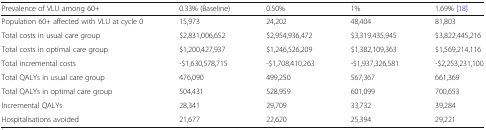
<table><thead><tr><td><b>Prevalence of VLU among 60+</b></td><td><b>0.33% (Baseline)</b></td><td><b>0.50%</b></td><td><b>1%</b></td><td><b>1.69% [18]</b></td></tr></thead><tbody><tr><td>Population 60+ affected with VLU at cycle 0</td><td>15,973</td><td>24,202</td><td>48,404</td><td>81,803</td></tr><tr><td>Total costs in usual care group</td><td>$2,831,006,652</td><td>$2,954,936,472</td><td>$3,319,435,945</td><td>$3,822,445,216</td></tr><tr><td>Total costs in optimal care group</td><td>$1,200,427,937</td><td>$1,246,526,209</td><td>$1,382,109,363</td><td>$1,569,214,116</td></tr><tr><td>Total incremental costs</td><td>-$1,630,578,715</td><td>-$1,708,410,263</td><td>-$1,937,326,581</td><td>-$2,253,231,100</td></tr><tr><td>Total QALYs in usual care group</td><td>476,090</td><td>499,250</td><td>567,367</td><td>661,369</td></tr><tr><td>Total QALYs in optimal care group</td><td>504,431</td><td>528,959</td><td>601,099</td><td>700,653</td></tr><tr><td>Incremental QALYs</td><td>28,341</td><td>29,709</td><td>33,732</td><td>39,284</td></tr><tr><td>Hospitalisations avoided</td><td>21,677</td><td>22,620</td><td>25,394</td><td>29,221</td></tr></tbody></table>